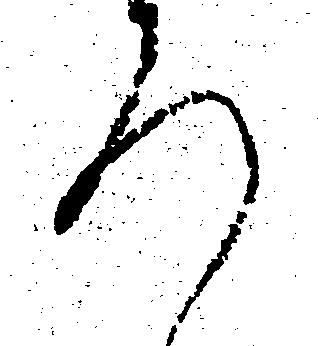
ろ